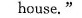
house."